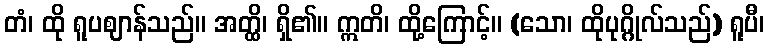
တံ၊ ထို ရူပဈာန်သည်။ အတ္ထိ၊ ရှိ၏။ ဣတိ၊ ထို့ကြောင့်။ (သော၊ ထိုပုဂ္ဂိုလ်သည်) ရူပီ၊